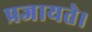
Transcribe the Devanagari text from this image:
प्रजायते।